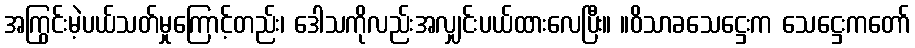
အကြွင်းမဲ့ပယ်သတ်မှုကြောင့်တည်း၊ ဒေါသကိုလည်းအလျှင်းပယ်ထားလေပြီး။ ။ဝိသာခသေဋ္ဌေးက သေဋ္ဌေးကတော်